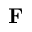
\bf { F }